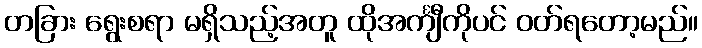
တခြား ရွေးစရာ မရှိသည့်အတူ ထိုအင်္ကျီကိုပင် ဝတ်ရတော့မည်။